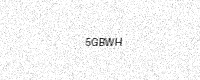
Text: 5GBWH